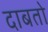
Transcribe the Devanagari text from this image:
दाबतो